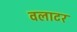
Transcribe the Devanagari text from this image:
वलाटर